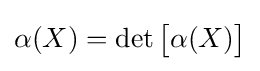
\alpha (X)=\det {\begin{bmatrix}\alpha (X)\\\end{bmatrix}}